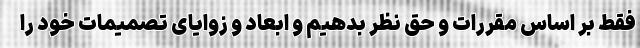
فقط بر اساس مقررات و حق نظر بدهیم و ابعاد و زوایای تصمیمات خود را